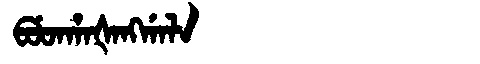
Manchu: ᠪᡠᡨᡥᠠᡧᠠᠩᡤᠠᠯᠠ
Romanization: BUTHAŠANGGALA